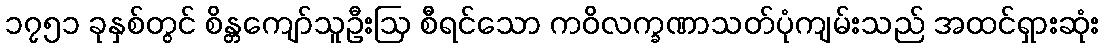
၁၇၅၁ ခုနှစ်တွင် စိန္တကျော်သူဦးဩ စီရင်သော ကဝိလက္ခဏာသတ်ပုံကျမ်းသည် အထင်ရှားဆုံး